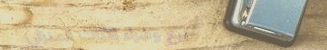
بيع وشراء الأثاث المنزلي